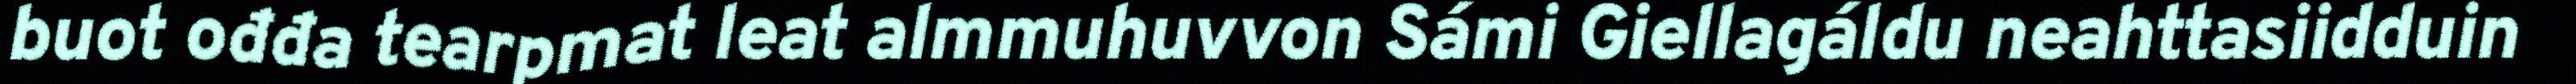
buot ođđa tearpmat leat almmuhuvvon Sámi Giellagáldu neahttasiidduin